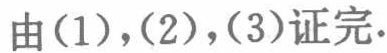
由(1),(2),(3)证完.